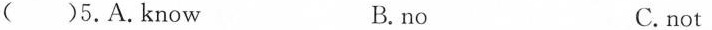
( )5.A.know B. no C. not